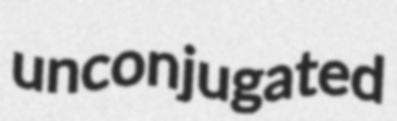
unconjugated